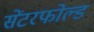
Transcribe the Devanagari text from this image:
सेंटरफोल्ड